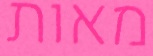
מאות